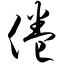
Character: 倦